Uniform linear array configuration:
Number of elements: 12
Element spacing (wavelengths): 0.75
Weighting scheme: kaiser
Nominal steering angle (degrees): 60
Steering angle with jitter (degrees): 58.077
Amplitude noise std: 0.05
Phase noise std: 0.05

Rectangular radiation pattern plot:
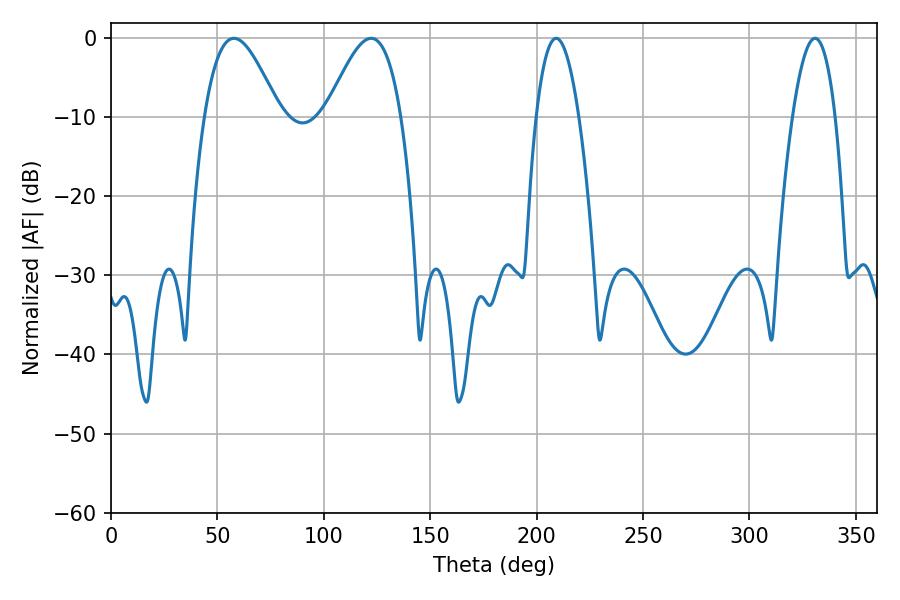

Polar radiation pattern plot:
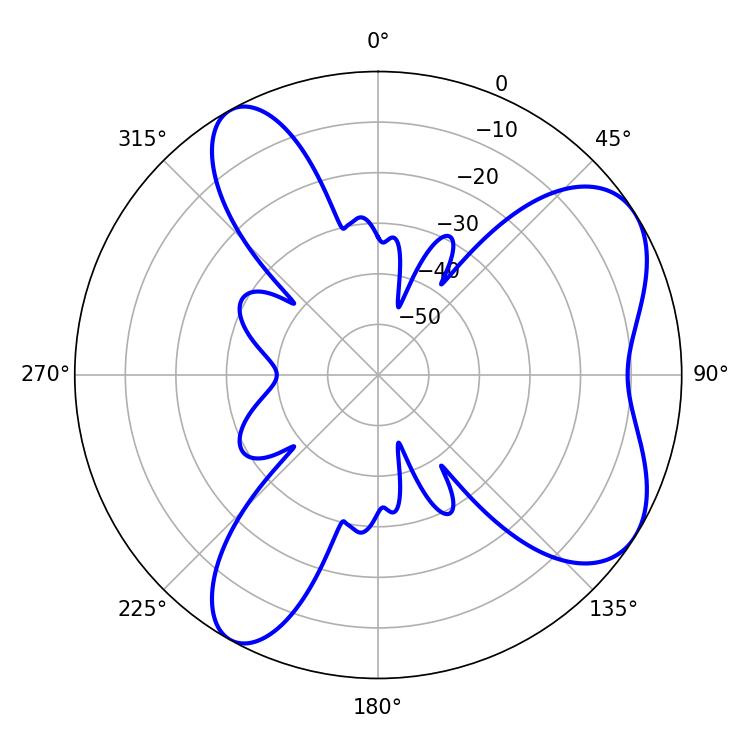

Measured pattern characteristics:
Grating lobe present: TRUE
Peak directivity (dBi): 6.569
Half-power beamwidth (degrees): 18.9
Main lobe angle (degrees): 57.78